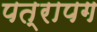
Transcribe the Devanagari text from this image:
पत्रापग